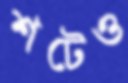
শটেও